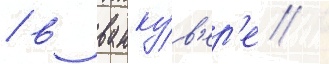
/ в ванку́в'ер'е /